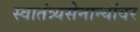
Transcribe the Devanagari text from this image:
स्वातंत्र्यसेनान्यांवर